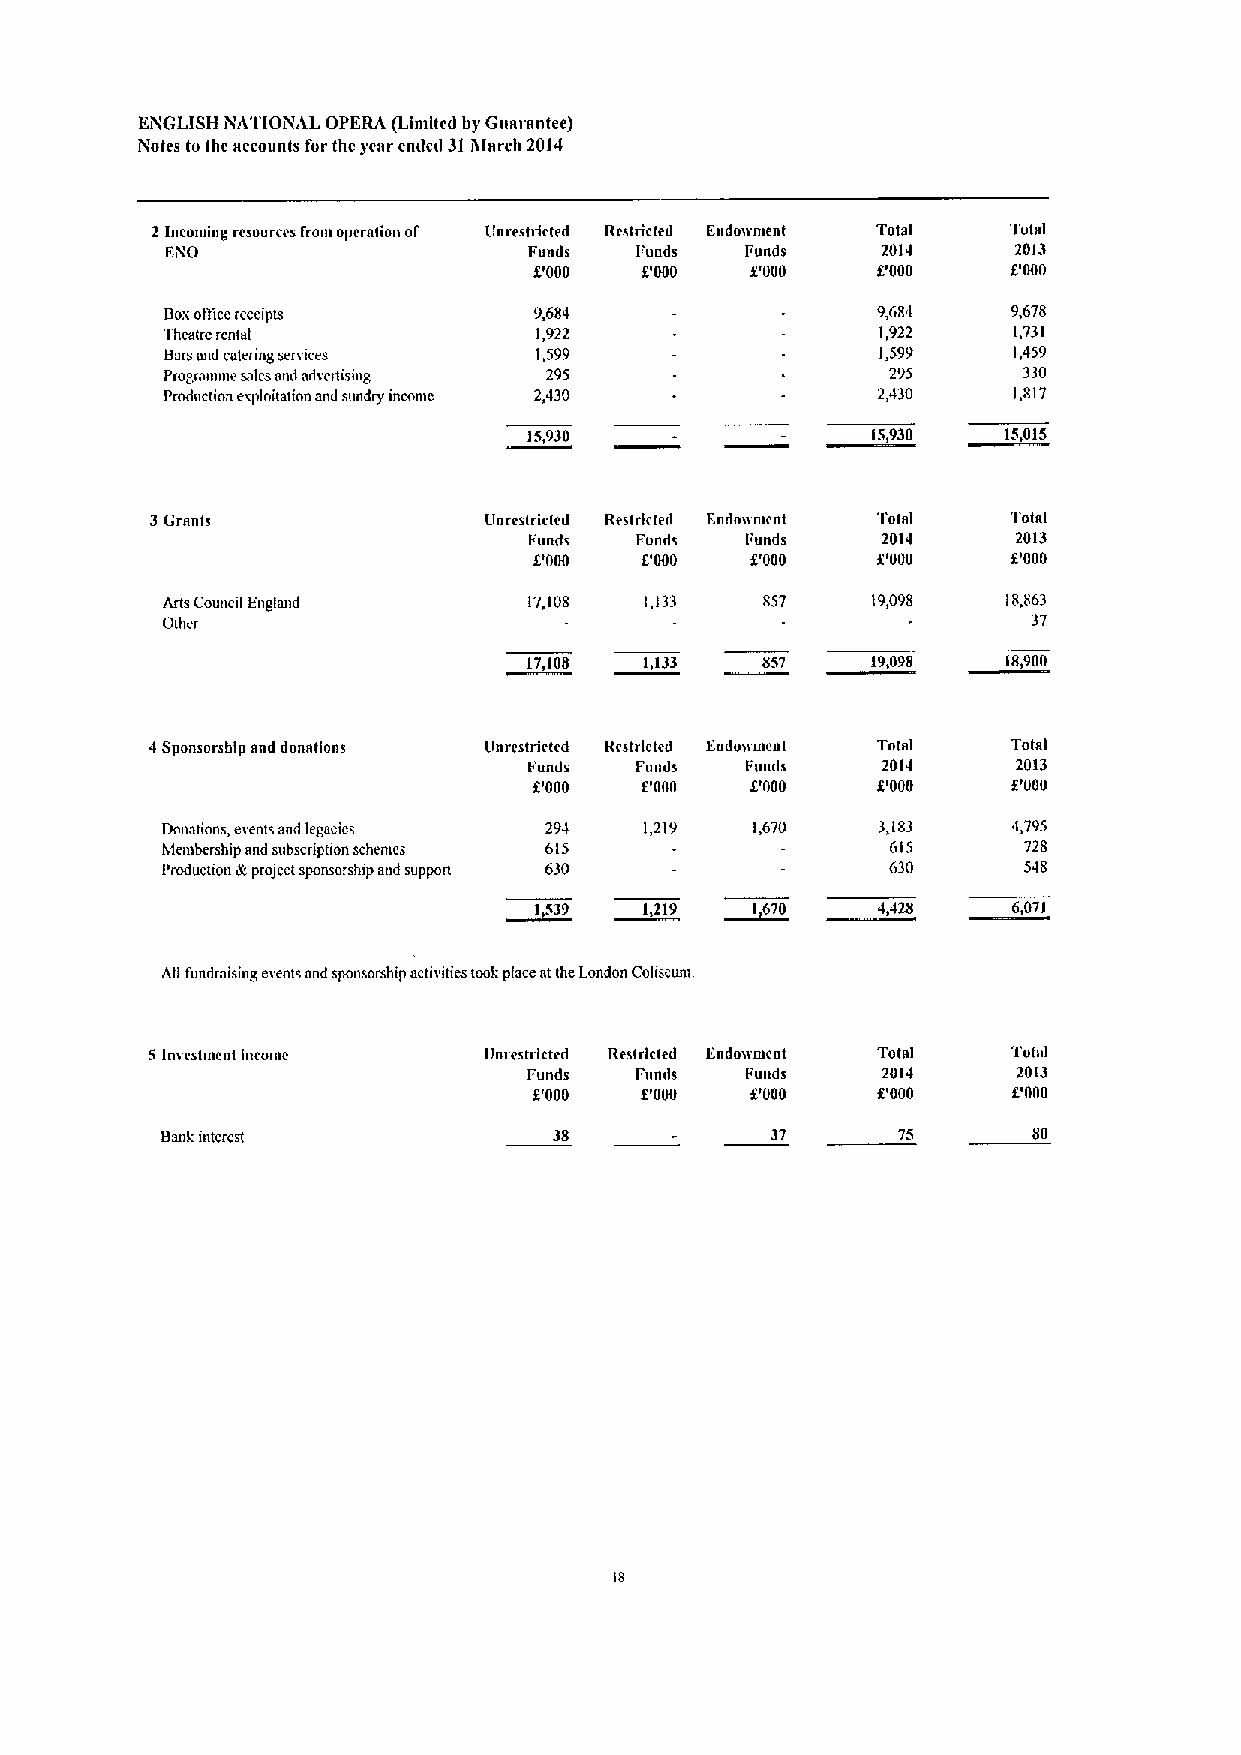
RisIGLISH islATIOiWAL OPERA (Llntltcd hy Guarantee)
 Ffotes to Ihc accounts for thc year cntlctl 31iglnrch 2014
 2 Inconiing rcsourccs fram operation of Unrestricted Restricted Endowment Total Total
 EiR0                    Funds  Puads  Funds    2014     2013
 U000   P000    P000    P000     P000
 Bnxofticcreceipts       9,684                  9,684    9,678
 Theatre rental           1,922                 1,922    1,731
 Barsand catering services 1,599                1,599    1,459
 Progranmie sales and odvertismg 295             295      330
 Production esploilation and sundry mcomc 2,430 2,430    1,817
 15,930                 15,930  15,015r
 3Grants               Unrcslrictcd Restrlcled Endonrueat Total Total
 I'unde Funds  Iiunds   2014     2013
 f'000  8'000   P000    f.'000   U000
 Arts Council England    17,108  1,133  857     19,098   18,863
 Oilier                                                   37
 17,108  1,133  857     19,098   18,900
 4Sponsorship snd donAtions Unrestricted Restricted Eailoriuiclit Total Total
 I'unde Funds  Fuuds    2014     2013
 P000   P000    f.'000  P000     f.'000
 Donations, events and legacies 294 1,219 1,670 3,183    4,795
 Membership and subscriptton schemes 615         615      728
 Production Rproiactsponsorship aad support 630  630      548
 ~I539     1,219 ~1670    4,425    6,071
 All fundrnising events nnd sponsorship activities took place atthe London Cohseum
 5Imestnient inconic   Unrestricted Res(rlcted Endoiirueat Total Totnl
 Funds  Fnmls  I'unde   21114    2013
 f'000  f.'000  P000    P000     P000
 Bank interest             38            37      75       80